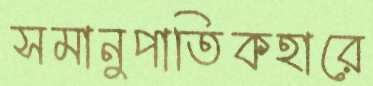
সমানুপাতিকহারে